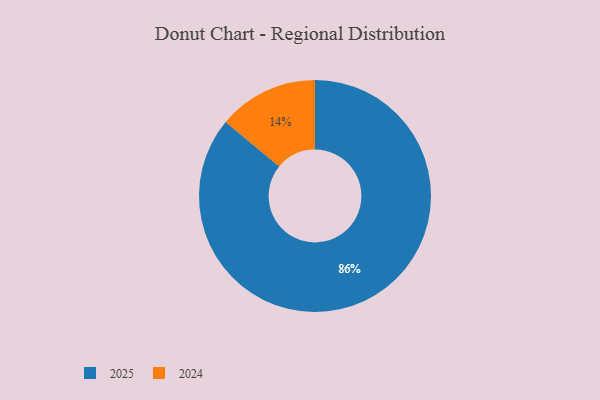
{"axis": {"x": "Category", "y": "Percentage"}, "legend": ["2024", "2025"], "data": [{"x": "2025", "y": 86, "type": "2025"}, {"x": "2024", "y": 14, "type": "2024"}]}